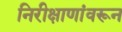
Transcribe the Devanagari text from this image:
निरीक्षाणांवरून